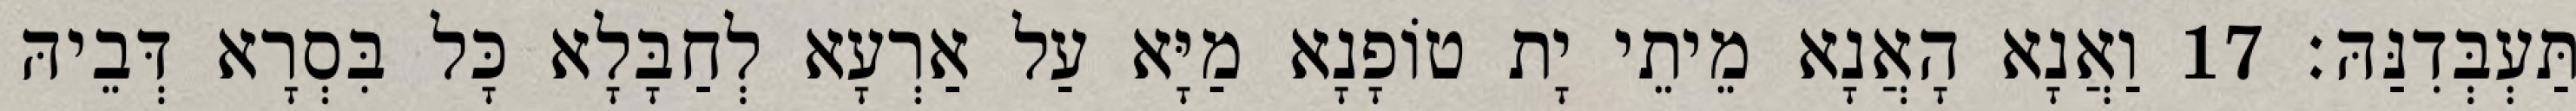
תַּעְבְּדִנַּהּ׃ 17 וַאֲנָא הָאֲנָא מֵיתֵי יָת טוֹפָנָא מַיָּא עַל אַרְעָא לְחַבָּלָא כָּל בִּסְרָא דְּבֵיהּ